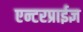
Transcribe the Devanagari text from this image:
एन्टरप्राईज्ञ